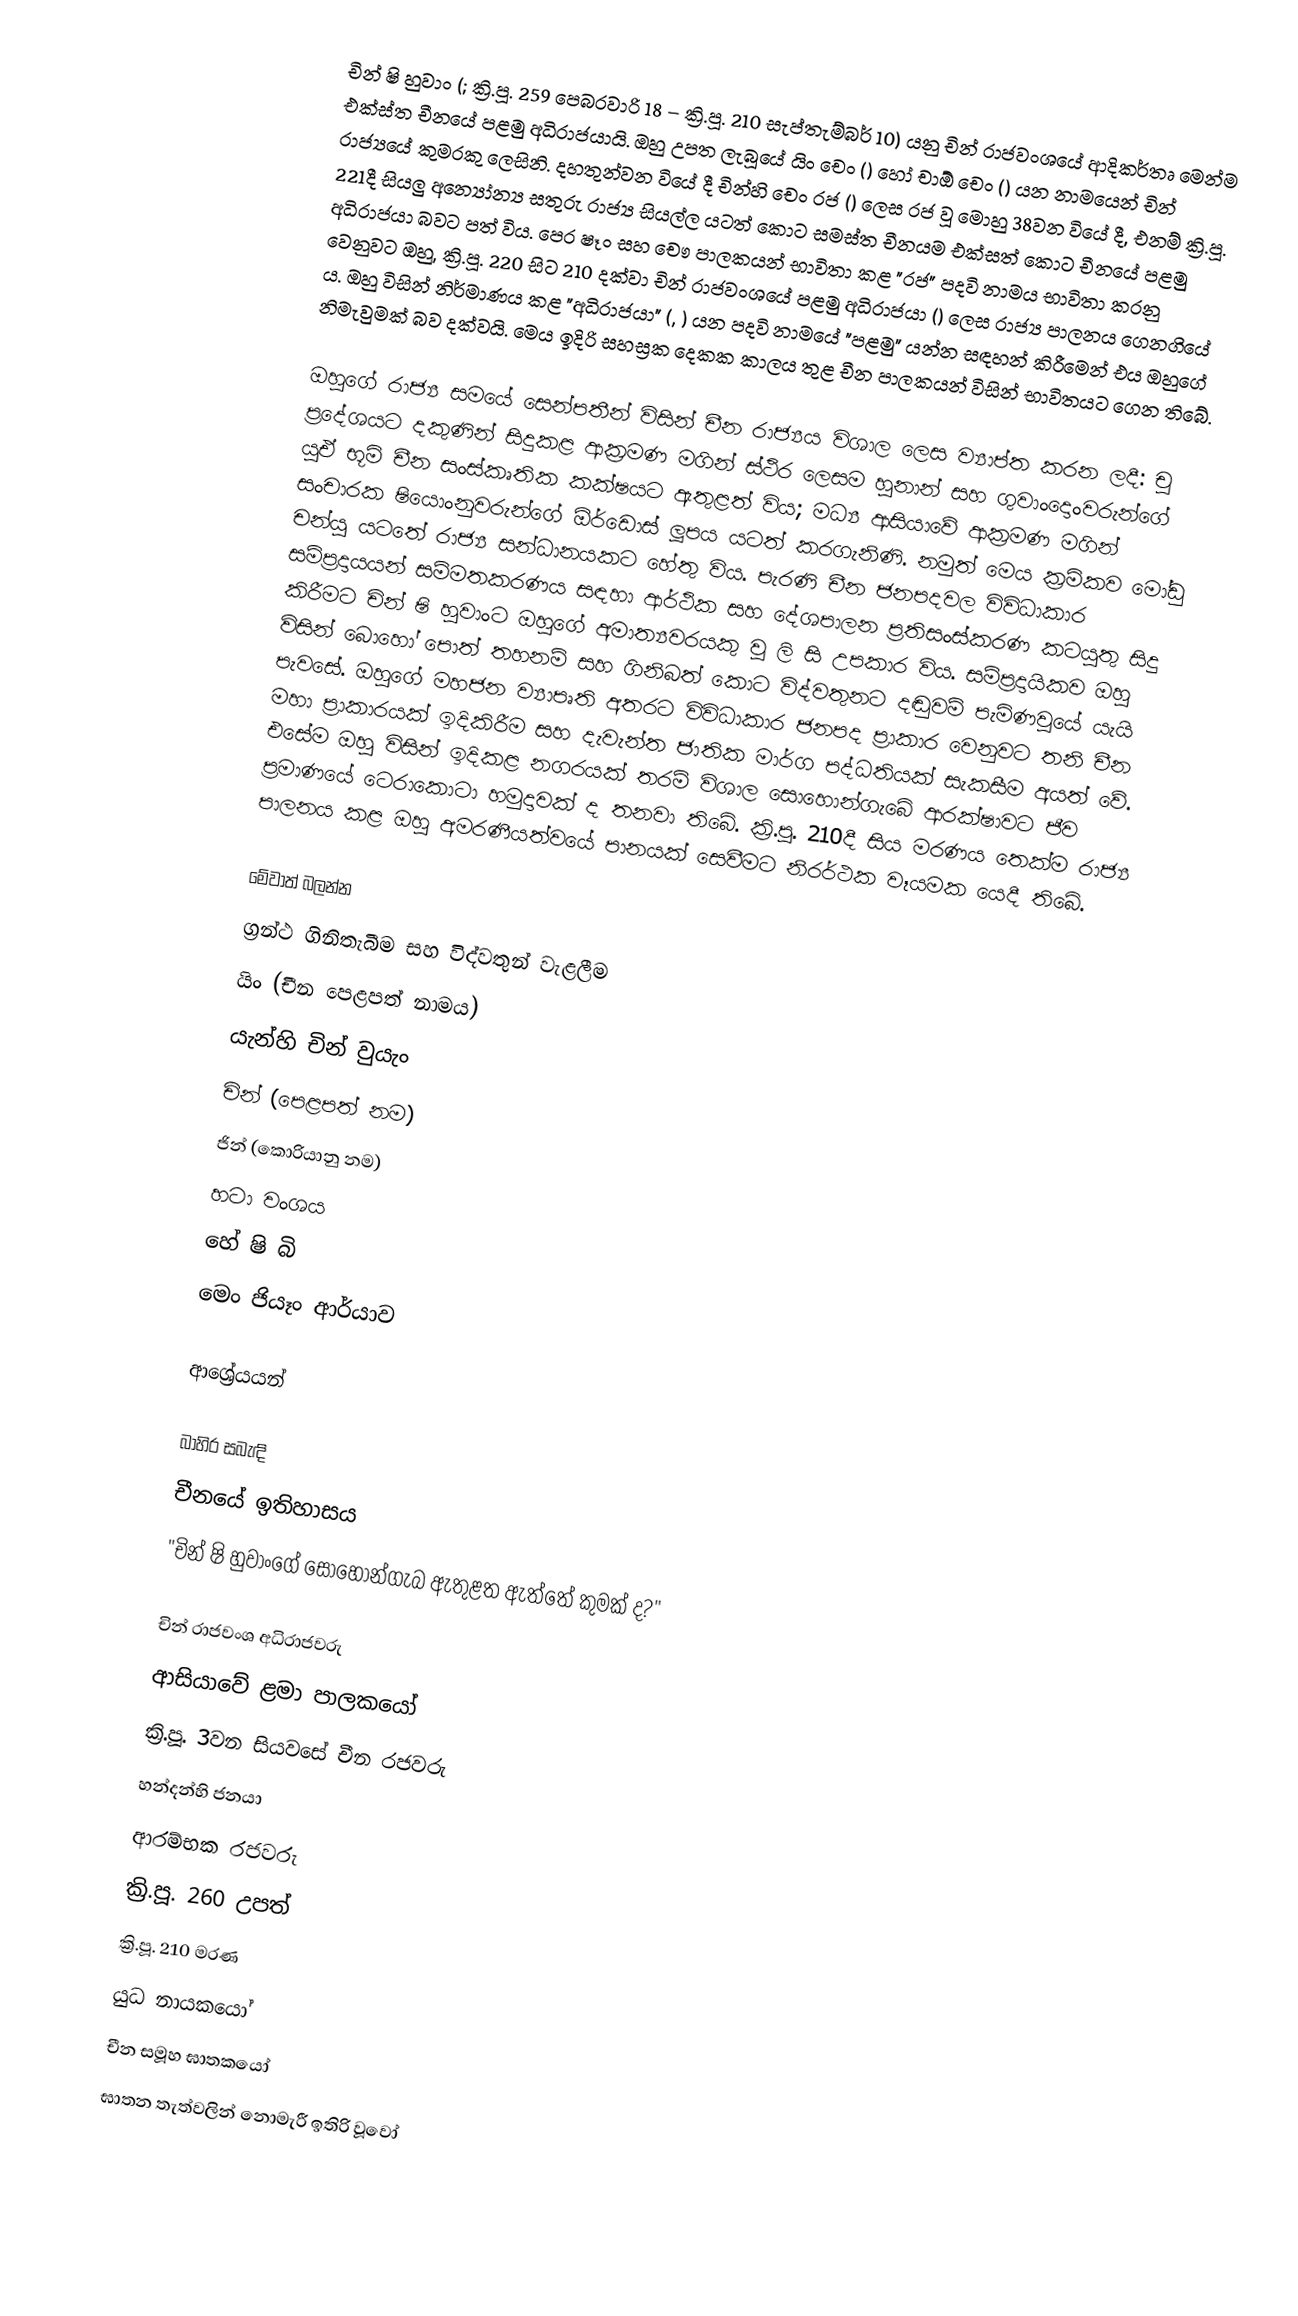
චින් ෂි හුවාං  (; ක්‍රි.පූ. 259 පෙබරවාරි 18 – ක්‍රි.පූ. 210 සැප්තැම්බර් 10) යනු චින් රාජවංශයේ ආදිකර්තෘ මෙන්ම එක්ස්ත චීනයේ පළමු අධිරාජයායි. ඔහු උපත ලැබූයේ යිං චෙං () හෝ චාඕ චෙං () යන නාමයෙන් චින් රාජ්‍යයේ කුමරකු ලෙසිනි. දහතුන්වන වි‍යේ දී චින්හි චෙං රජ () ලෙස රජ වූ මොහු 38වන වියේ දී, එනම් ක්‍රි.පූ. 221දී සියලු අන්‍යෝන්‍ය සතුරු රාජ්‍ය සියල්ල යටත් කොට සමස්ත චීනයම එක්සත් කොට චීනයේ පළමු අධිරාජයා බවට පත් විය. පෙර ෂෑං සහ චෞ පාලකයන් භාවිතා කළ "රජ" පදවි නාමය භාවිතා කරනු වෙනුවට ඔහු, ක්‍රි.පූ. 220 සිට 210 දක්වා චින් රාජවංශයේ පළමු අධිරාජයා () ලෙස රාජ්‍ය පාලනය ගෙනගියේ ය. ඔහු විසින් නිර්මාණය කළ "අධිරාජයා" (, ) යන පදවි නාමයේ "පළමු" යන්න සඳහන් කිරීමෙන් එය ඔහුගේ නිමැවුමක් බව දක්වයි. මෙය ඉදිරි සහස්‍රක දෙකක කාලය තුළ චීන පාලකයන් විසින් භාවිතයට ගෙන තිබේ.

ඔහුගේ රාජ්‍ය සමයේ සෙන්පතීන් විසින් චීන රාජ්‍යය විශාල ලෙස ව්‍යාප්ත කරන ලදී: චූ ප්‍රදේශයට දකුණින් සිදුකළ ආක්‍රමණ මගින් ස්ථිර‍ ලෙසම හුනාන් සහ ගුවාංදොංවරුන්ගේ යුඒ භූමි චීන සංස්කෘතික කක්ෂයට ඇතුළත් විය; මධ්‍ය ආසියාවේ ආක්‍රමණ මගින් සංචාරක ෂියොංනුවරුන්ගේ ඕර්ඩොස් ලූපය යටත් කරගැනිණි. නමුත් මෙය ක්‍රමිකව මෝඩු චන්යු යටතේ රාජ්‍ය සන්ධානයකට හේතු විය. පැරණි චීන ජනපදවල විවිධාකාර සම්ප්‍රදායයන් සම්මතකරණය සඳහා ආර්ථික සහ දේශපාලන ප්‍රතිසංස්කරණ කටයුතු සිදු කිරීමට චින් ෂි හුවාංට ඔහුගේ අමාත්‍යවරයකු වූ ලි සි උපකාර විය. සම්ප්‍රදායිකව ඔහු විසින් බොහෝ පොත් තහනම් සහ ගිනිබත් කොට විද්වතුනට දඬුවම් පැමිණවූයේ යැයි පැවසේ. ඔහුගේ මහජන ව්‍යාපෘති අතරට විවිධාකාර ජනපද ප්‍රාකාර වෙනුවට තනි චීන මහා ප්‍රාකාරයක් ඉදිකිරීම සහ දැවැන්ත ජාතික මාර්ග පද්ධතියක් සැකසීම අයත් වේ. එසේම ඔහු විසින් ඉදිකළ නගරයක් තරම් විශාල සොහොන්ගැබේ ආරක්ෂාවට ජීව ප්‍රමාණයේ ටෙරාකොටා හමුදාවක් ද තනවා තිබේ. ක්‍රි.පූ. 210දී සිය මරණය තෙක්ම රාජ්‍ය පාලනය කළ ඔහු අමරණීයත්වයේ පානයක් සෙවීමට නිරර්ථක වෑයමක යෙදී තිබේ.

මේවාත් බලන්න
 ග්‍රන්ථ ගිනිතැබීම සහ විද්වතුන් වැළලීම
 යිං (චීන පෙළපත් නාමය)
 යැන්හි චින් වුයැං
 චින් (පෙළපත් නම)
 ජින් (කොරියානු නම)
 හටා වංශය
 හේ ෂි බි
 මෙං ජියෑං ආර්යාව

ආශ්‍රේයයන්

බාහිර සබැඳි
 චීනයේ ඉතිහාසය
 "චින් ෂි හුවාංගේ සොහොන්ගැබ ඇතුළත ඇත්තේ කුමක් ද?"

චින් රාජවංශ අධිරාජවරු
ආසියාවේ ළමා පාලකයෝ
ක්‍රි.පූ. 3වන සියවසේ චීන රජවරු
හන්දන්හි ජනයා
ආරම්භක රජවරු
ක්‍රි.පූ. 260 උපත්
ක්‍රි.පූ. 210 මරණ
යුධ නායකයෝ
චීන සමූහ ඝාතකයෝ
ඝාතන තැත්වලින් නොමැරී ඉතිරි වූවෝ